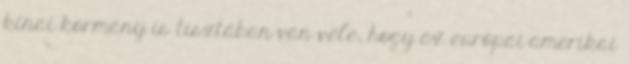
kínai kormány is tisztában van vele, hogy az európai-amerikai